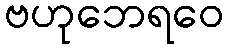
ဗဟုဘေရဝေ